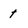
Character: t